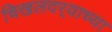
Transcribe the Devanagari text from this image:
चिखलदर्‍याच्या